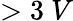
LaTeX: >3~V